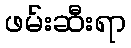
ဖမ်းဆီးရာ